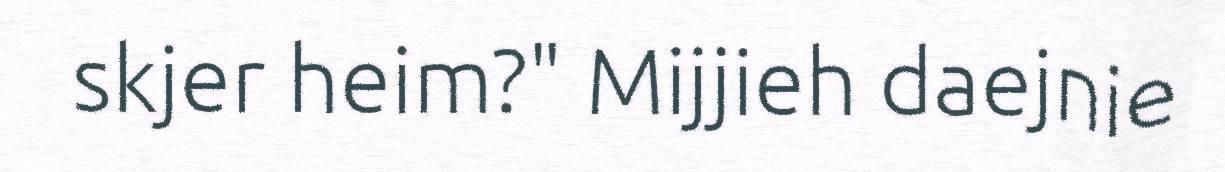
skjer heim?" Mijjieh daejnie